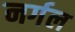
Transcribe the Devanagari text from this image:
नर्गल